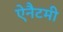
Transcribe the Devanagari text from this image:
ऐनैटमी